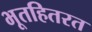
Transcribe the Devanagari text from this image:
भूतहितरत